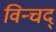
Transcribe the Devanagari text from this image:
विन्चद्